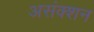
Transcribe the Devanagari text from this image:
असंक्शन